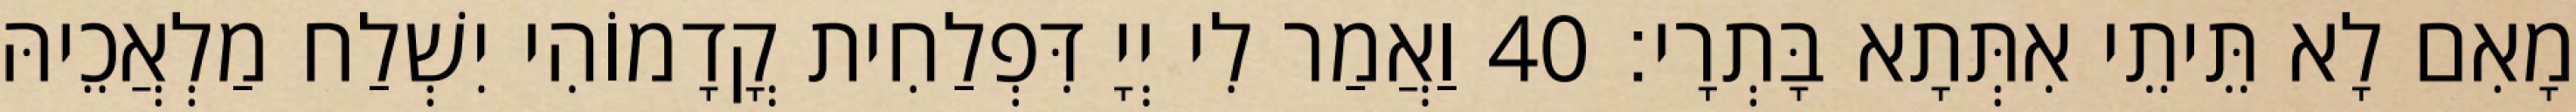
מָאִם לָא תֵּיתֵי אִתְּתָא בָּתְרָי׃ 40 וַאֲמַר לִי יְיָ דִּפְלַחִית קֳדָמוֹהִי יִשְׁלַח מַלְאֲכֵיהּ